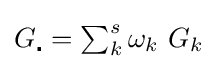
{\textstyle G_{\centerdot }=\sum _{k}^{s}\omega _{k}\ G_{k}}